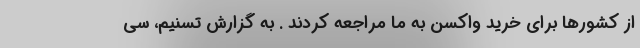
از کشورها برای خرید واکسن به ما مراجعه کردند . به گزارش تسنیم، سی